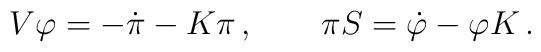
V\varphi =-\dot{\pi}-K\pi \,,\qquad \pi S=\dot{\varphi}-\varphi K\,.